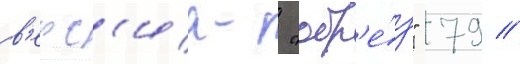
в'ерс'иа- "обр'е́з" 79 //